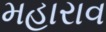
મહારાવ